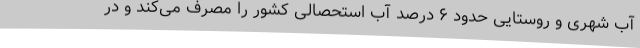
آب شهری و روستایی حدود ۶ درصد آب استحصالی کشور را مصرف می‌کند و در